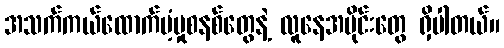
အသက်ကယ်ထောက်ပံ့မှုစနစ်တွေနဲ့ လူနေအပိုင်းတွေ ရှိပါတယ်။